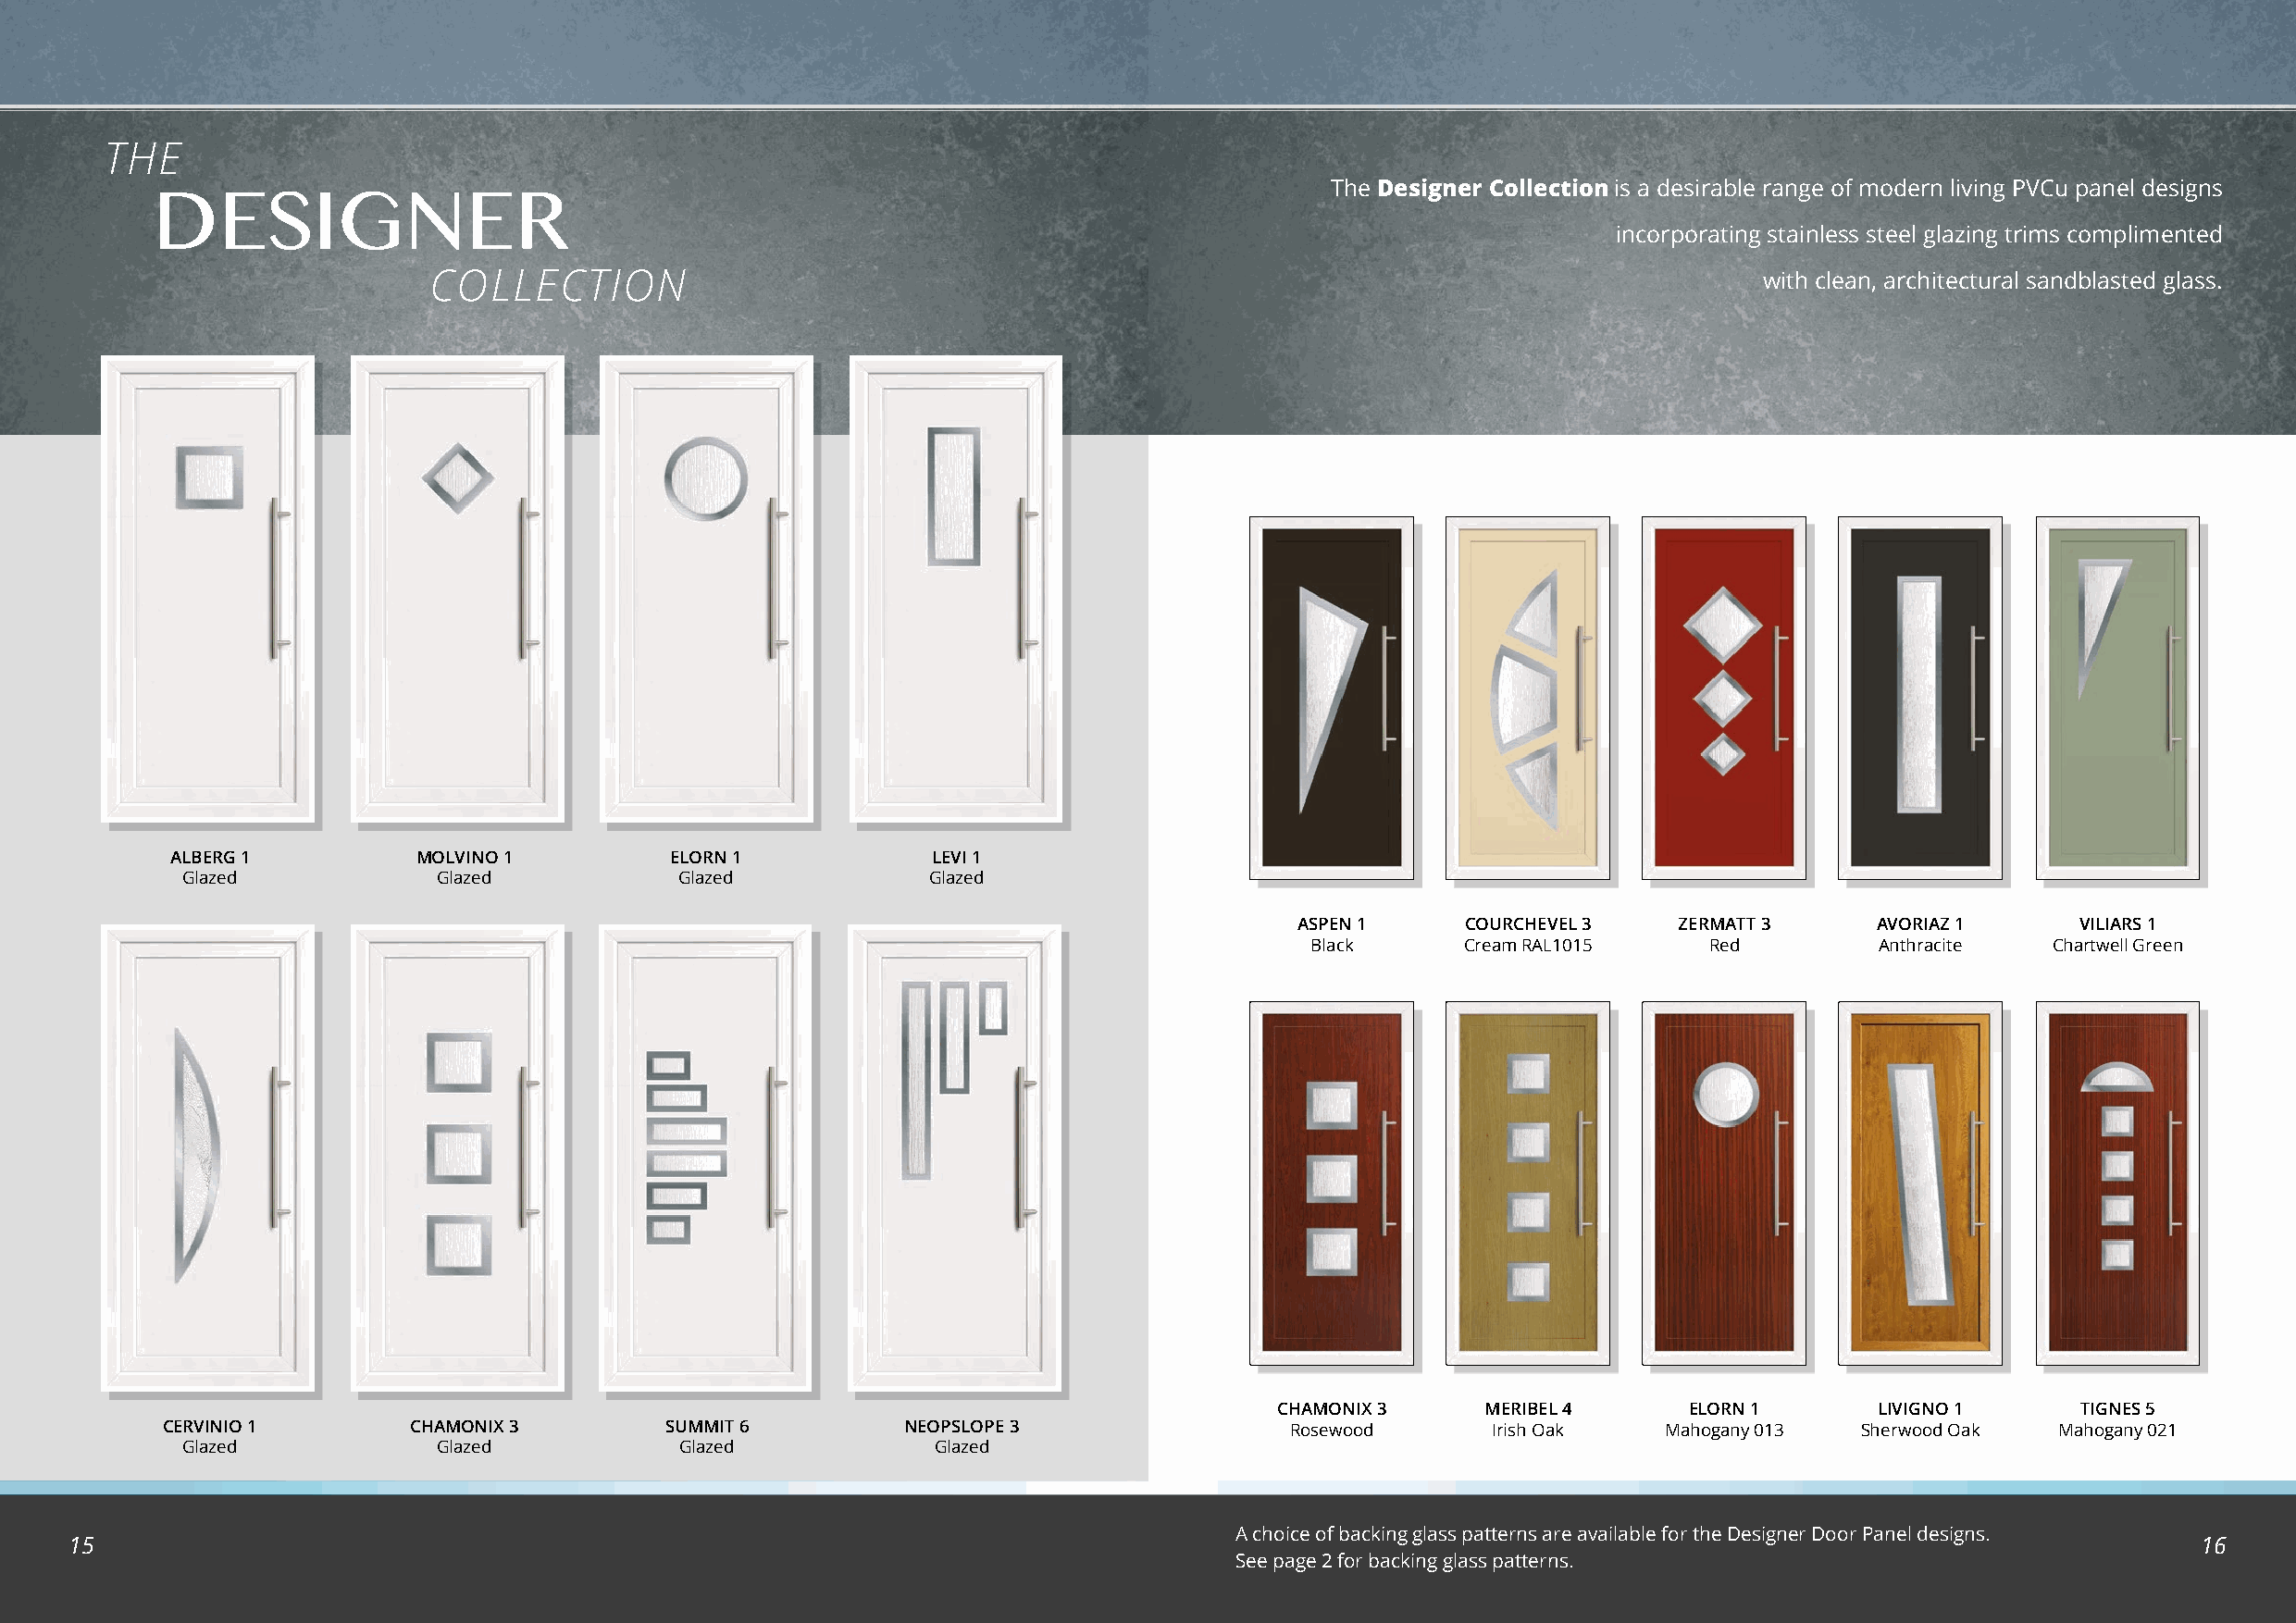
THE
 The Designer Collection is a desirable range of modern living PVCu panel designs
 DESIGNER
 incorporating stainless steel glazing trims complimented
 COLLECTION                                                                                     with clean, architectural sandblasted glass.
 ALBERG 1          MOLVINO 1         ELORN 1            LEVI 1
 Glazed            Glazed            Glazed           Glazed
 ASPEN 1     COURCHEVEL 3   ZERMATT 3     AVORIAZ 1      VILIARS 1
 Black      Cream RAL1015    Red         Anthracite   Chartwell Green
 CHAMONIX 3     MERIBEL 4      ELORN 1      LIVIGNO 1      TIGNES 5
 CERVINIO 1       CHAMONIX 3         SUMMIT 6         NEOPSLOPE 3                Rosewood       Irish Oak   Mahogany 013  Sherwood Oak  Mahogany 021
 Glazed            Glazed            Glazed            Glazed
 A choice of backing glass patterns are available for the Designer Door Panel designs.
 15                                                                                                                                                      16
 See page 2 for backing glass patterns.